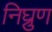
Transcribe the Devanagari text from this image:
निघ्रुण